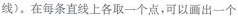
线)。在每条直线上各取一个点，可以画出一个